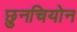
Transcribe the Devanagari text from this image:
छुनचियोन